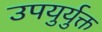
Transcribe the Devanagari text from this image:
उपयुर्युक्त